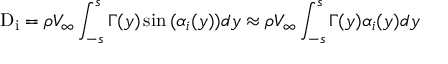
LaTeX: { \mathrm { D } } _ { \mathrm { i } } = \rho V _ { \infty } \int _ { - s } ^ { s } \Gamma ( y ) \sin { ( \alpha _ { i } ( y ) ) } d y \approx \rho V _ { \infty } \int _ { - s } ^ { s } \Gamma ( y ) \alpha _ { i } ( y ) d y